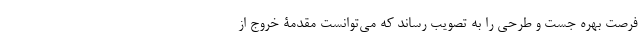
فرصت بهره جُست و طرحی را به تصویب رساند که می‌توانست مقدمۀ خروج از